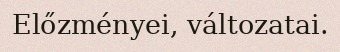
Előzményei, változatai.